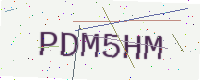
Text: PDM5HM